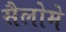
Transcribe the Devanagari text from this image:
सैलोमे